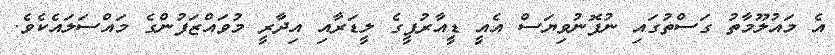
އެ މައުލޫމާތު ގަސްތުގައި ނުފޮނުވިޔަސް އެއީ ޑީއާރުޕީގެ ލީޑަރާއި އިދާރީ މުވައްޒަފުންގެ މައްސަލައެކެވެ.